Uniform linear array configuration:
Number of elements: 16
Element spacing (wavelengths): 0.75
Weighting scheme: cosine
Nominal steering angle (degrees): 15
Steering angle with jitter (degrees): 13.986
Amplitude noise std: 0.05
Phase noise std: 0.05

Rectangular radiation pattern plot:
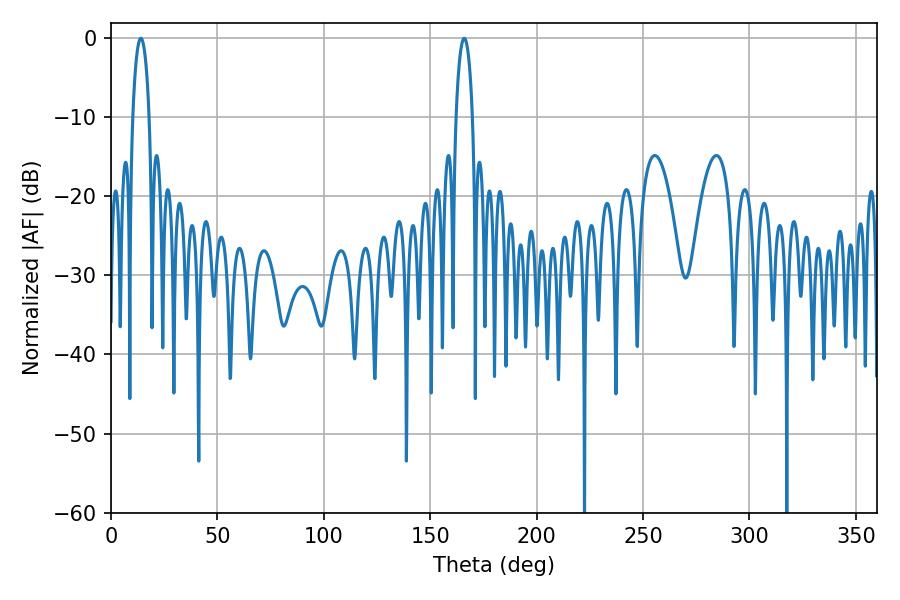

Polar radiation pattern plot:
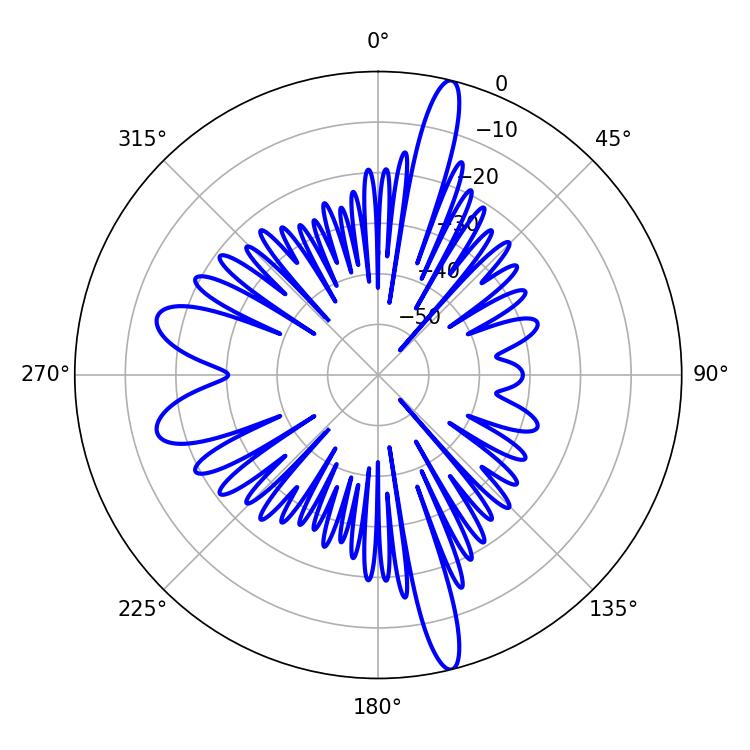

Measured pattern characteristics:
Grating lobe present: TRUE
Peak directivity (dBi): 18.468
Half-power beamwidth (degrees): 4.32
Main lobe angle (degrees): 14.04